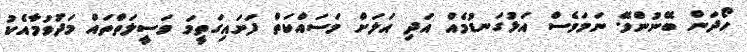
ހޯދަން ބޭނުންވޭ. ނަމަވެސް އަޅުގަނޑުމެއް އަދި އަލަށް މަސައްކަތް ފަށައިގަތީމަ ވަސީލަތްތައް މަދުވުމާއެކު